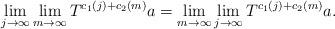
LaTeX: \begin{align*}\lim_{j\to\infty}\lim_{m\to\infty}T^{c_1(j)+c_2(m)}a=\lim_{m\to\infty}\lim_{j\to\infty}T^{c_1(j)+c_2(m)}a.\end{align*}